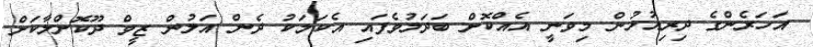
އަހަރެންގެ ދިރިއުޅުން މިވަނީ އެއްކޮށް ބަދަލުވެފައި އެކަމަކު ދެން އަލުން ޒީވް ދޫކޮށްލާކަށް